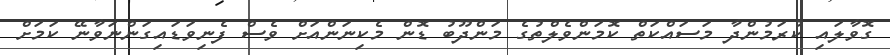
ގޮވާލައި ކުރަމުންދާ މަސައްކަތް ކޮމަންވެލްތުގެ މަންދޫބު ޑޮން މެކިނަންއަށް ވެސް ފެނިވަޑައިގަންނަވާނޭ ކަމަށް